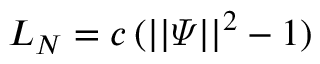
L _ { N } = c \, ( | | \varPsi | | ^ { 2 } - 1 )